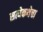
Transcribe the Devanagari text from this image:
सत्येकथेचा